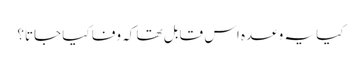
کیا یہ وعدہ اس قابل تھا کہ وفا کیا جاتا؟